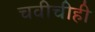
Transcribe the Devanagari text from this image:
चवीचीही